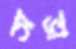
অভা